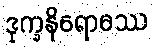
ဒုက္ခနိရောဓဿ